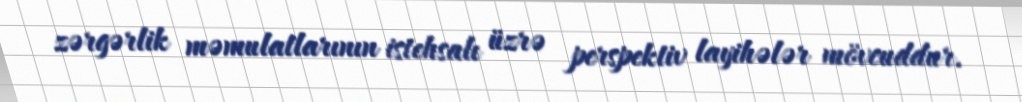
zərgərlik məmulatlarının istehsalı üzrə perspektiv layihələr mövcuddur.